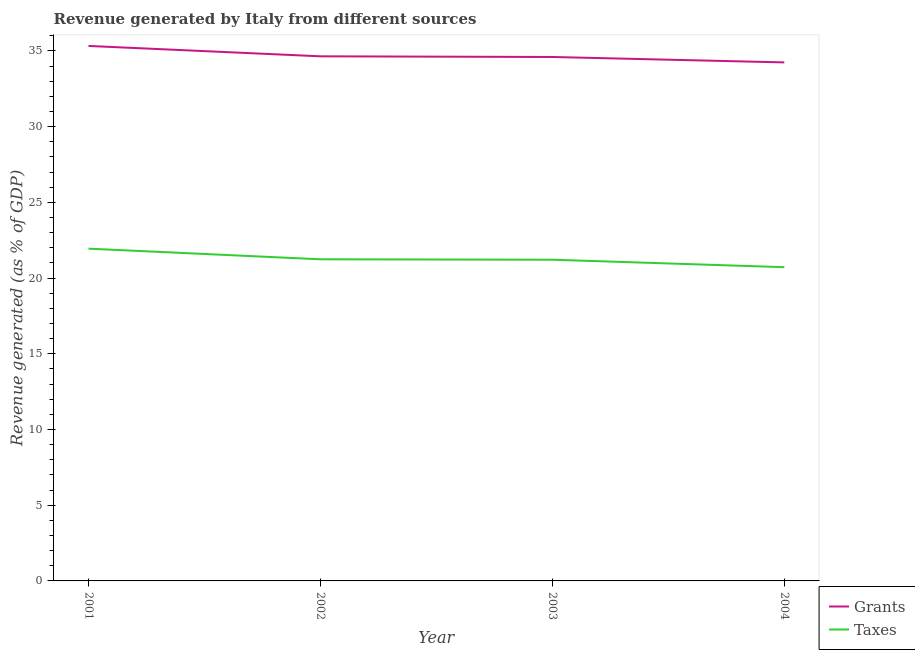
| Year | Grants | Taxes |
 | --- | --- | --- |
 | 2001 | 35.3 | 21.9 |
 | 2002 | 34.6 | 21.2 |
 | 2003 | 34.6 | 21.2 |
 | 2004 | 34.2 | 20.7 |